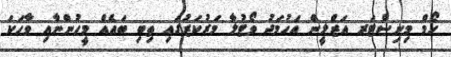
ހޯމް މިނިސްޓަރ އަޒްލީން އަހުމަދު ވޯޓުލާ މަރުކަޒުގައި ތިބި ބައެއް މީހުންނާއި ވާހަކަ